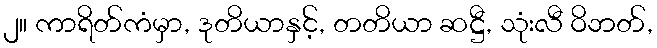
၂။ ကာရိတ်ကံမှာ, ဒုတိယာနှင့်, တတိယာ ဆဋ္ဌီ, သုံးလီ ဝိဘတ်,